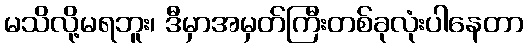
မသိလို့မရဘူး၊ ဒီမှာအမှတ်ကြီးတစ်ခုလုံးပါနေတာ